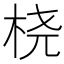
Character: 桡